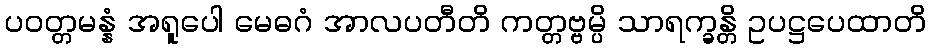
ပဝတ္တမန္နံ အရူပေါ မေဓဂံ အာလပတီတိ ကတ္တဗ္ဗမ္ပိ သာရက္ခန္တိ ဥပဋ္ဌပေထာတိ